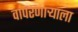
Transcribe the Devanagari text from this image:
वापरणाऱ्याला